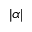
\vert \alpha \vert